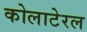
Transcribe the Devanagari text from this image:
कोलाटेरल